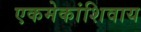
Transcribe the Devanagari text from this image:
एकमेकांशिवाय